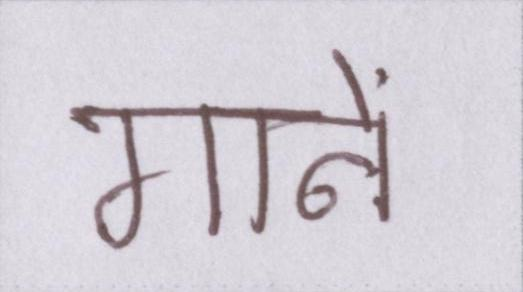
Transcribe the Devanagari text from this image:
गानें